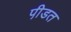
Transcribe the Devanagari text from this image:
पी़डत